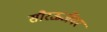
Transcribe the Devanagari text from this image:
सौरऊर्जेवर